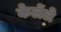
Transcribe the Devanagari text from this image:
केलेंले